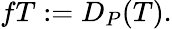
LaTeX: fT:=D_{P}(T).